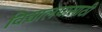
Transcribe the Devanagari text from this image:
विद्यालयासाठी